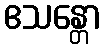
ဧသန္တော